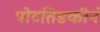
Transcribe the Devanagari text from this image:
पोटतिडकीनं